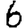
Digit: 6